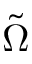
\tilde { \Omega }